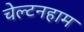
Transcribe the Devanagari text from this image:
चेल्टनहाम